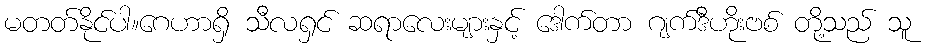
မတတ်နိုင်ပါ။ဂေဟာရှိ သီလရှင် ဆရာလေးများနှင့် ဒေါက်တာ ဂျက်ဒီဟိုးဗစ် တို့သည် သူ